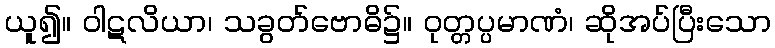
ယူ၍။ ဝါဋလိယာ၊ သခွတ်ဗောဓိ၌။ ဝုတ္တပ္ပမာဏံ၊ ဆိုအပ်ပြီးသော